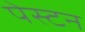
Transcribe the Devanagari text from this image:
पेस्टन